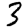
Digit: 3